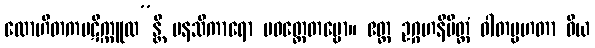
လောဟိတကပဋိက္ကူလ”န္တိ မနသိကာရော ပဝတ္တေတဗ္ဗော။ ဧတ္ထ ဥဂ္ဂဟနိမိတ္တံ ဝါတပ္ပဟတာ ဝိယ